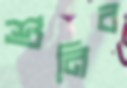
শুনিব